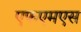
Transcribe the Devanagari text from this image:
एफएमएस